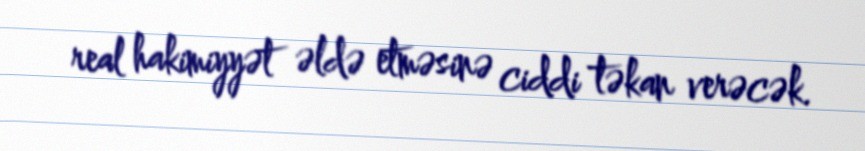
real hakimiyyət əldə etməsinə ciddi təkan verəcək.